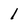
Character: 1